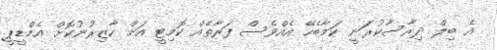
އެ ބިލް ދިރާސާކުރަނީ ކަމާބެހޭ އެއްވެސް ފަރާތެއް ކޮމިޓީ އަށް ހާޒިރުނުކޮށް އެމްޑީޕީ